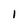
Character: 1